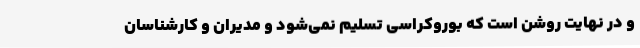
و در نهایت روشن است که بوروکراسی تسلیم نمی‌شود و مدیران و کارشناسان